Annual report of the Punjab Veterinary College and of the Civil Veterinary Department, Punjab - 1894-1908
Year: 1894
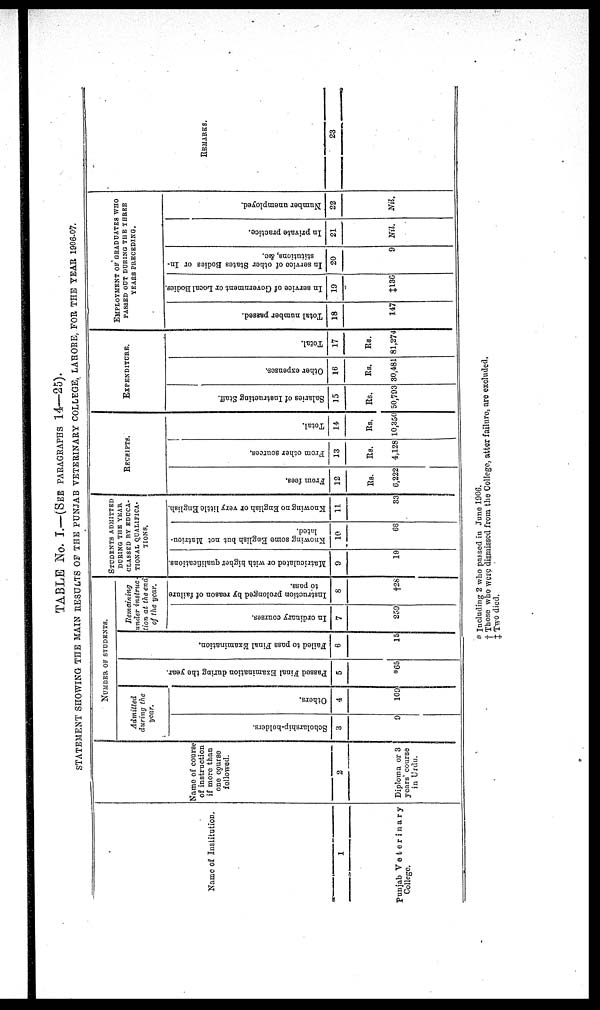
TABLE No. I.—(SEE PARAGRAPHS 14—25).
STATEMENT SHOWING THE MAIN RESULTS OF THE PUNJAB VETERINARY COLLEGE, LAHORE, FOR THE YEAR 1906-07.
Name of Institution.
1
Punjab Veterinary
College.
Name of course
of instruction
if more than
one course
followed.
2
Diploma or 3
years' course
in Urdu.
NUMBER OF STUDENTS
Admitted
during the
year.
Scholarship-holders.
3
9
Others.
4
109
Pas s ed Fi nal Exa mina tion dur i ng the year
5
*65
Failed to pass Fi nal Exa mi na t
i
on.
6
15
Remaining
under instruc-
tion at the end
of the year.
In ordinary courses.
7
259
Instruction prolonged by reason of failure
to pass.
8
†28
STUDENTS ADMITED
DURING THE YEAR
CLASSED BY EDUCA-
TIONAL QUALIFICA-
TIONS.
Matriculated or with higher qualifications.
9
19
Knowing some English but not Matricu-
lated.
10
66
Knowing no English or very little English,
11
33
RECEIPTS.
From fees.
12
Rs.
6,222
From other sources.
13
Rs.
4,128
Total.
14
Rs.
10,350
EXPENDITURE.
Salaries of Instructing Staff.
15
Rs.
50,793
Other expenses.
16
Rs.
30,481
Total.
17
Rs.
81,274
EMPLOYMENT OF GRADUATES WHO
PASSED OUT DURING THE THREE
YEARS PRECEDING.
Total number passed.
18
147
In service of Government or Local Bodies.
19
‡136
In service of other States Bodies or In-
stitutions, &c.
20
9
In private practice.
21
Nil.
Number unemployed.
22
Nil.
REMARKS.
23
* Including 2 who passed in June 1906.
† Those who were dismissed from the College, atter failure, are excluded.
‡ Two died.